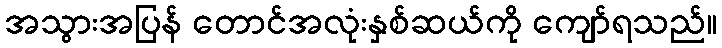
အသွားအပြန် တောင်အလုံးနှစ်ဆယ်ကို ကျော်ရသည်။